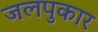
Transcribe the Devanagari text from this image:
जलपुकार